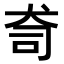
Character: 𭷿